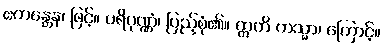
ဧကန္တေန၊ ဖြင့်။ ပရိပုဏ္ဏံ၊ ပြည့်စုံ၏။ ဣတိ တသ္မာ၊ ကြောင့်။